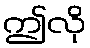
ဤလို